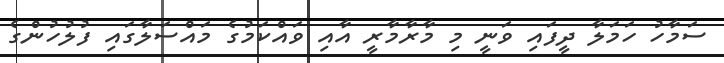
ސަމާހު ހަމަލާ ދީފައި ވަނީ މި މާރާމާރީ އާއި ވައްކަމުގެ މައްސަލާގައި ފުލުހުންގެ